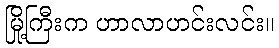
မြို့ကြီးက ဟာလာဟင်းလင်း။